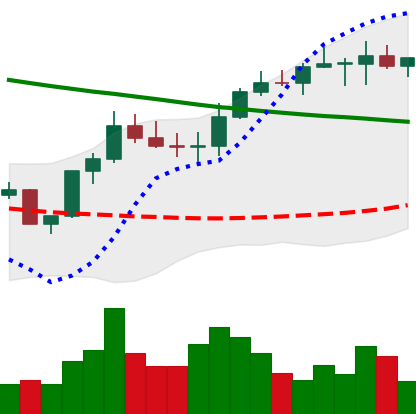
Ticker: BNB-USD
Chart end date: 2022-08-12
Forward return: -6.375%
Label: down_5_7